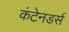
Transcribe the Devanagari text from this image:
कंटेनडर्स